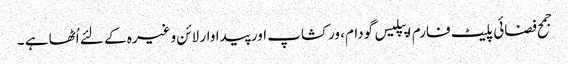
جمح فضائی پلیٹ فارم اپپلیس گودام، ورکشاپ اور پیداوار لائن وغیرہ کے لئے اُٹھا ہے ۔